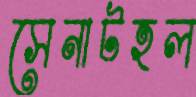
সেনাটহল